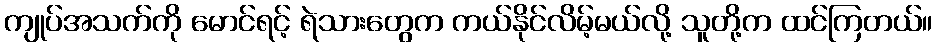
ကျုပ်အသက်ကို မောင်ရင့် ရဲသားတွေက ကယ်နိုင်လိမ့်မယ်လို့ သူတို့က ထင်ကြတယ်။